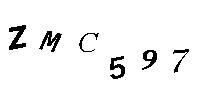
ZMC597